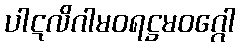
ပါဋလိဂါမဝရဋ္ဌမဝဂ္ဂေါ